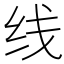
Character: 线